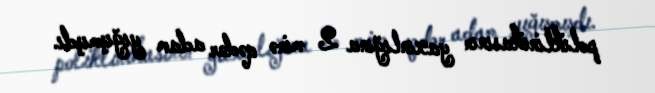
poliklinikasının yaxınlığına 2 minə qədər adam yığışmışdı.